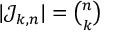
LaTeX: \textstyle | { \mathcal { J } } _ { k , n } | = { \binom { n } { k } }